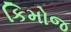
કિમોજ